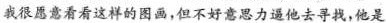
我很愿意看看这样的图画，但不好意思力逼他去寻找，他是